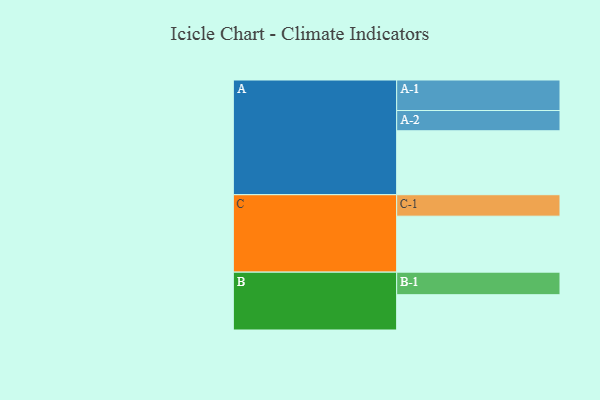
{"axis": {"x": "Segment", "y": "Value"}, "legend": ["", "A", "B", "C"], "data": [{"x": "A", "y": 578, "type": ""}, {"x": "B", "y": 319, "type": ""}, {"x": "C", "y": 506, "type": ""}, {"x": "A-1", "y": 276, "type": "A"}, {"x": "A-2", "y": 183, "type": "A"}, {"x": "B-1", "y": 204, "type": "B"}, {"x": "C-1", "y": 194, "type": "C"}]}